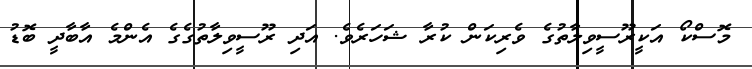
މޮސްކޯ އަކީރޫސީވިލާތުގެ ވެރިކަން ކުރާ ޝަހަރެވެ. އަދި ރޫސީވިލާތުގެގެ އެންމެ އާބާދީ ބޮޑު